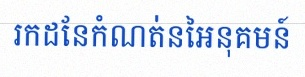
រកដែនកំណត់នៃអនុគមន៍